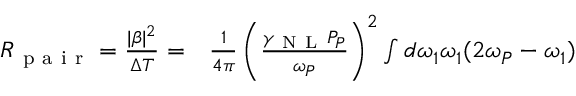
\begin{array} { r l } { R _ { \mathrm { ~ p ~ a ~ i ~ r ~ } } = \frac { | \beta | ^ { 2 } } { \Delta T } = } & { { } \frac { 1 } { 4 \pi } \left( \frac { \gamma _ { \mathrm { ~ N ~ L ~ } } P _ { P } } { \omega _ { P } } \right) ^ { 2 } \int d \omega _ { 1 } \omega _ { 1 } ( 2 \omega _ { P } - \omega _ { 1 } ) } \end{array}